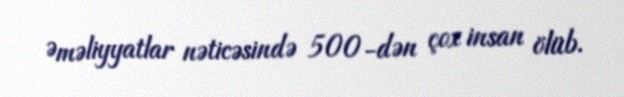
Əməliyyatlar nəticəsində 500-dən çox insan ölüb.